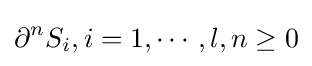
\partial ^{n}S_{i},i=1,\cdots ,l,n\geq 0